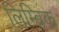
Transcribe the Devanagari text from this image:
लिम्ब्रिक